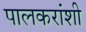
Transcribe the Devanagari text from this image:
पालकरांशी